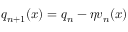
q _ { n + 1 } ( x ) = q _ { n } - \eta v _ { n } ( x )